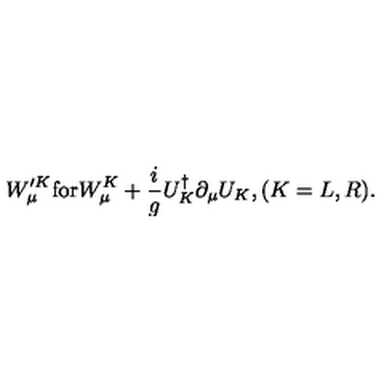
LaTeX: W _ { \mu } ^ { \prime K } \mathrm { f o r } W _ { \mu } ^ { K } + \frac { i } { g } U _ { K } ^ { \dagger } \partial _ { \mu } U _ { K } , ( K = L , R ) .